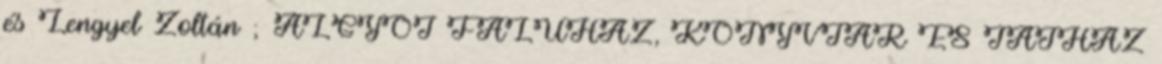
és Lengyel Zoltán ; ALGYÔI FALUHÁZ, KÖNYVTÁR ÉS TÁJHÁZ